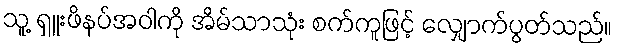
သူ့ ရှူးဖိနပ်အဝါကို အိမ်သာသုံး စက်ကူဖြင့် လျှောက်ပွတ်သည်။